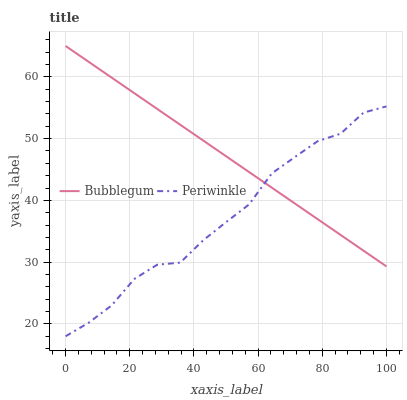
| xaxis_label | Bubblegum | Periwinkle |
 | --- | --- | --- |
 | 0 | 65 | 18 |
 | 7.14 | 62.5 | 20.2 |
 | 14.3 | 59.9 | 23 |
 | 21.4 | 57.4 | 27.3 |
 | 28.6 | 54.8 | 29.6 |
 | 35.7 | 52.3 | 29.9 |
 | 42.9 | 49.7 | 33.5 |
 | 50 | 47.2 | 36.5 |
 | 57.1 | 44.6 | 39.3 |
 | 64.3 | 42.1 | 44.4 |
 | 71.4 | 39.5 | 47 |
 | 78.6 | 37 | 49.6 |
 | 85.7 | 34.4 | 50.8 |
 | 92.9 | 31.9 | 54.2 |
 | 100 | 29.3 | 55.2 |